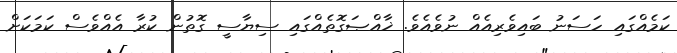
ކަމެއްގައި ހަސަނު ބައިވެރިއެއް ނުވެއެވެ. ޚާއްޞަގޮތެއްގައި ސިޔާސީ ގޮތުން ކުރާ އެއްވެސް ކަމަކަށް